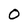
Character: 0